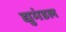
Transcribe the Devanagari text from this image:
द्युमंडल